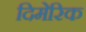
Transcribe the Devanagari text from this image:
दिमेरिक